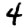
Digit: 4